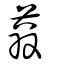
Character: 蒜